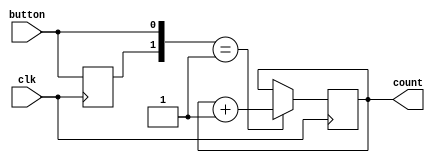
module bounce_counter(input clk, input button, output reg [3:0] count);

reg [1:0] edge_detect=0;

initial count = 0;


always @(posedge clk)
	begin
		edge_detect[1] = edge_detect[0];
		edge_detect[0] = button;

		if(edge_detect[1:0] == 2'b01)
			count = count+1;
	end
endmodule